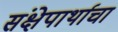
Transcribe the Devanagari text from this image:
संक्षेपार्थाचा